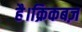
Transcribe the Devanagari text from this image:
है।क्रिकबज़